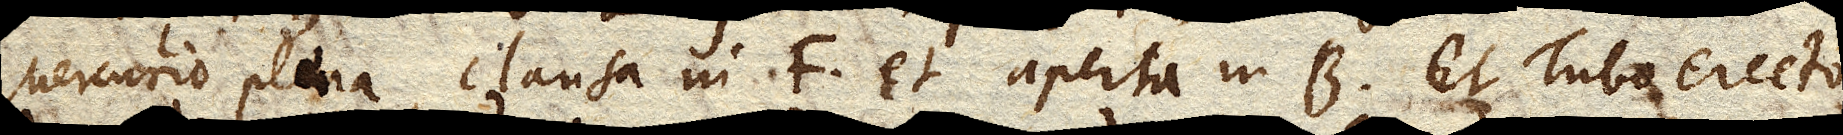
Mercurio plena, clausa in F et aperta in B. Et Tubo erecto